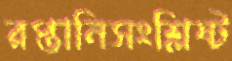
রপ্তানিসংশ্লিষ্ট